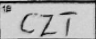
Transcription: CZT